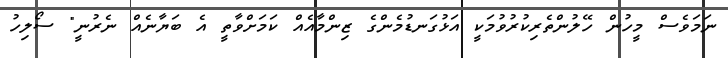
ނަމަވެސް މީހުން ހޭލުންތެރިކުރުވުމަކީ އަޅުގަނޑުމެންގެ ޒިންމާއެއް ކަމަށްވާތީ އެ ބަޔާނެއް ނެރުނީ" ސޯލިހު